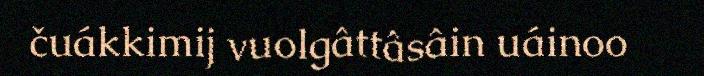
čuákkimij vuolgâttâsâin uáinoo